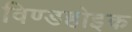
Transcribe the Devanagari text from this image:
विण्डहोइक